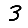
Digit: 3